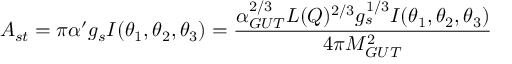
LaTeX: A _ { s t } = \pi \alpha ^ { \prime } g _ { s } I ( \theta _ { 1 } , \theta _ { 2 } , \theta _ { 3 } ) = { \frac { \alpha _ { G U T } ^ { 2 / 3 } L ( Q ) ^ { 2 / 3 } g _ { s } ^ { 1 / 3 } I ( \theta _ { 1 } , \theta _ { 2 } , \theta _ { 3 } ) } { 4 \pi M _ { G U T } ^ { 2 } } } \,